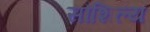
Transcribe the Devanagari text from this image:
सौशिल्य